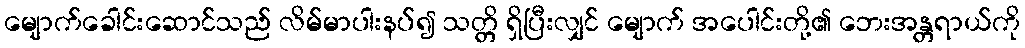
မျောက်ခေါင်းဆောင်သည် လိမ်မာပါးနပ်၍ သတ္တိ ရှိပြီးလျှင် မျောက် အပေါင်းတို့၏ ဘေးအန္တရာယ်ကို